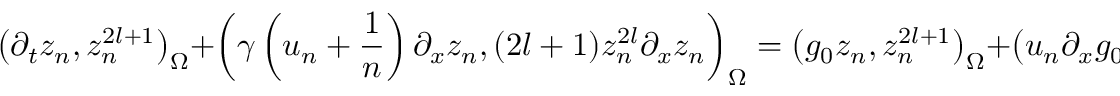
\left( \partial _ { t } z _ { n } , z _ { n } ^ { 2 l + 1 } \right) _ { \Omega } + \left( \gamma \left( u _ { n } + \frac { 1 } { n } \right) \partial _ { x } z _ { n } , ( 2 l + 1 ) z _ { n } ^ { 2 l } \partial _ { x } z _ { n } \right) _ { \Omega } = \left( g _ { 0 } z _ { n } , z _ { n } ^ { 2 l + 1 } \right) _ { \Omega } + \left( u _ { n } \partial _ { x } g _ { 0 } , z _ { n } ^ { 2 l + 1 } \right) _ { \Omega } .